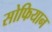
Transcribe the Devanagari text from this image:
सोफियान